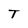
Character: T